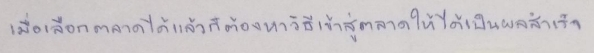
เมื่อเลือกตลาดได้แล้วก็ต้องหาวิธีเข้าสู่ตลาดให้ได้เป็นผลสำเร็จ